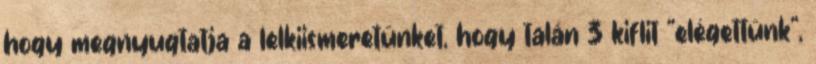
hogy megnyugtatja a lelkiismeretünket, hogy talán 3 kiflit "elégettünk",